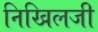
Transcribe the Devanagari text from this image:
निखिलजी